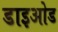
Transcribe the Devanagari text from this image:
डाइओड